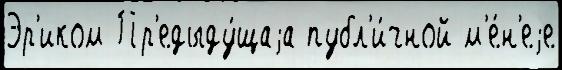
Эр'иком Пр'едыду́щаjа публ'и́чной м'е́н'еjе